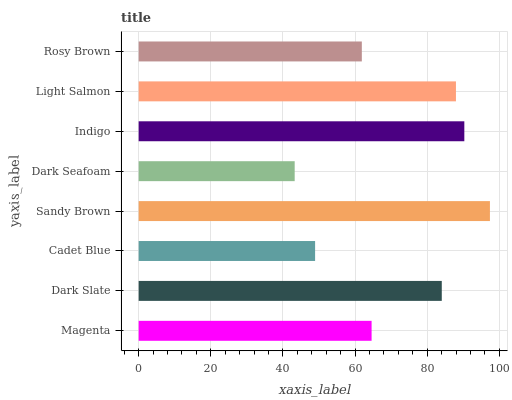
| yaxis_label | bars |
 | --- | --- |
 | Magenta | 64.6 |
 | Dark Slate | 84 |
 | Cadet Blue | 48.9 |
 | Sandy Brown | 97.4 |
 | Dark Seafoam | 43.3 |
 | Indigo | 90.3 |
 | Light Salmon | 88 |
 | Rosy Brown | 61.9 |